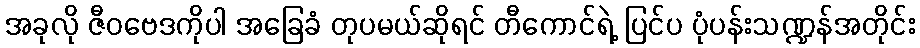
အခုလို ဇီဝဗေဒကိုပါ အခြေခံ တုပမယ်ဆိုရင် တီကောင်ရဲ့ ပြင်ပ ပုံပန်းသဏ္ဍန်အတိုင်း